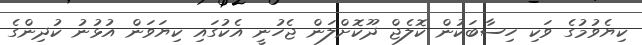
ކިޔެވުމުގެ ވަކި ހިސާބަކުން ކޮލެޖް ދޫކޮށްލަން ޖެހުނީ އެކުގައި ކިޔަވަން އުޅުނު ކުދިންގެ